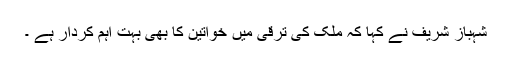
شہباز شریف نے کہا کہ ملک کی ترقی میں خواتین کا بھی بہت اہم کردار ہے ۔